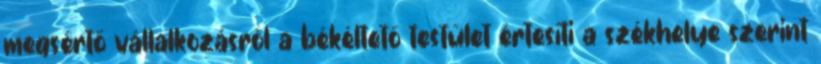
megsértő vállalkozásról a békéltető testület értesíti a székhelye szerint